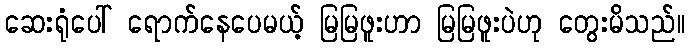
ဆေးရုံပေါ် ရောက်နေပေမယ့် မြမြဖူးဟာ မြမြဖူးပဲဟု တွေးမိသည်။